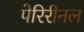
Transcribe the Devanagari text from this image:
पेरिरीनल